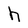
Character: h